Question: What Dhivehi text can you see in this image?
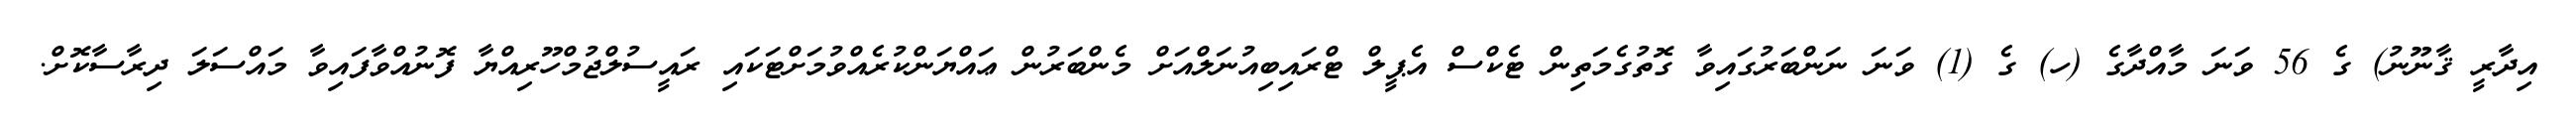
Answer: އިދާރީ ޤާނޫނު) ގެ 56 ވަނަ މާއްދާގެ (ހ) ގެ (1) ވަނަ ނަންބަރުގައިވާ ގޮތުގެމަތިން ޓެކްސް އެޕީލް ޓްރައިބިއުނަލްއަށް މެންބަރުން ޢައްޔަންކުރެއްވުމަށްޓަކައި ރައީސުލްޖުމްހޫރިއްޔާ ފޮނުއްވާފައިވާ މައްސަލަ ދިރާސާކޮށް.